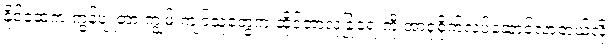
နိုင်ငံထဲက ကွန်ပျူတာ ကျွမ်းကျင်သူတွေက ဆိုင်ဘာလုံခြုံရေးကို အာရုံစိုက်လုပ်ဆောင်လာတယ်လို့